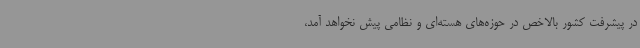
در پیشرفت کشور بالاخص در حوزه‌های هسته‌ای و نظامی پیش نخواهد آمد،